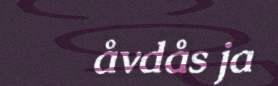
åvdås ja